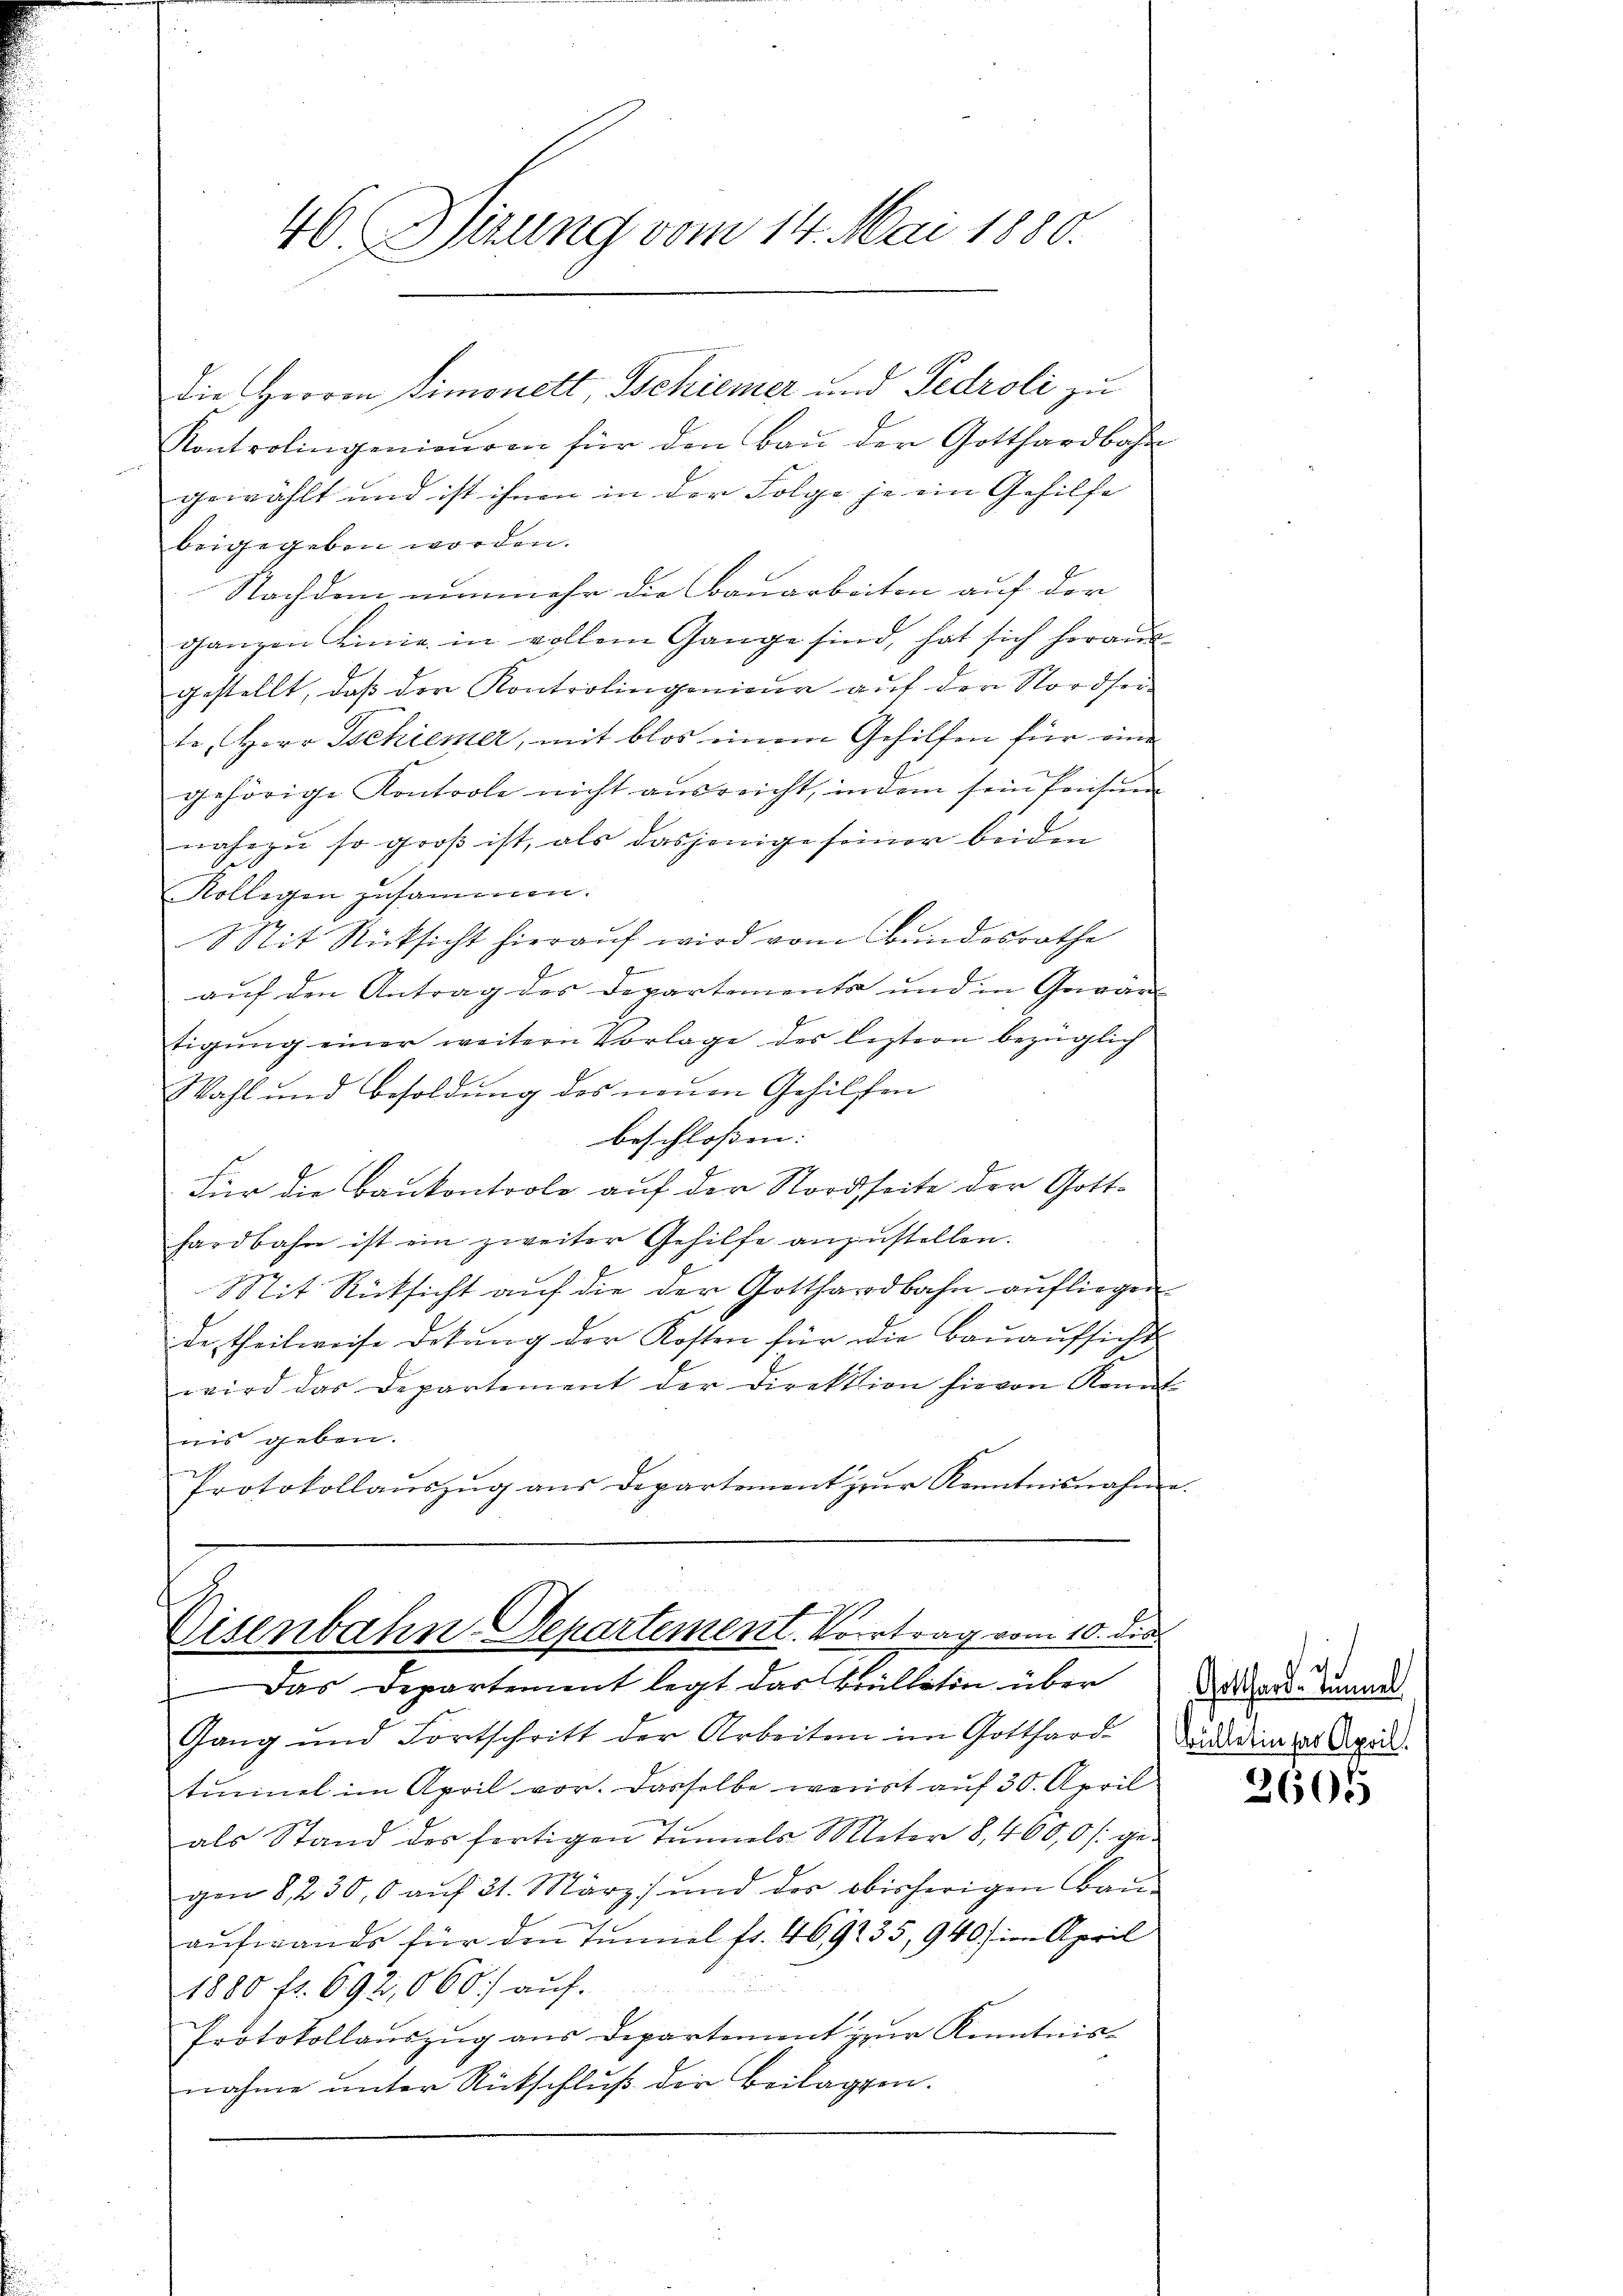
46. Sirung vom 14. Mai 1880.

Kontrolingenien von für den Baŭ der Gotthardbahr
gewählt und ist ihnen in der Folge je ein Gehilfe |
beigegeben worden.
Nachdem nunmehr die Bauarbeiten auf der
ganzen Linie in vollem Gange sind, hat sich heraus
gestellt, daß der Kontrolingenieur auf der Nordseite, Herr Schiener, mit blos einem Gehilfen für eine
gehörige Kontrole nicht ausreicht, indem sein Pension
nahezu so groß ist, als dasjenige seiner beiden
Kollegen zusammen.
SSit Rücksicht hierauf wird vom Bundesrathe
auf den Antrag des Departement und in Gewärt
tigŭng einer weitern Vorlage des leztern bezüglich
Wahl und Besoldung des neuen Gehilfen
beschlossen: |
Für die Baukontrole auf der Nordseite der Gotthardbahn ist ein zweiter Gehilfe anzustellen.
Mit Rücksicht auf die der Gotthardbahn aufliegen
de Theilweise debung der Kosten für die Bauaufsicht
wird das Departement der Direktion hievon Kennt
nis geben.
Protokollaŭszŭg aŭs Departement zŭr Kenntnisnahm

Die Herren Simonett, Tschiener und Fedroli zu

Disenbahn Departement. Vortrag vom 10. die

Das Departement legt das Bullatin über
Gang und Fortschritt der Arbeiten im Gotthard
tinuel im April vor. Dasselbe weist auf 30. April
als Stand des fertigen Tunnels Meter 8,400,0 f. gegen 8, 230, 6 auf 21. März und der obisherigen Bau-
aufwands für den Tunnel fr. 469235, 940 sie April
r
1880 fr. 692,060.) auf.
Protokollaŭszŭg aŭs Departement zur Kenntnis-
nahme unter Rückschluß die Beilagen.

Gotthard-Tunnel,
Büllerin das April.

2605